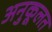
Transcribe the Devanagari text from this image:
अनुकूलत